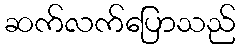
ဆက်လက်ပြောသည်